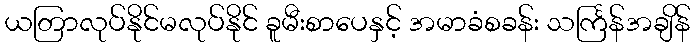
ယတြာလုပ်နိုင်မလုပ်နိုင် ခူမီးစာပေနှင့် အမာခံစခန်း သင်္ကြန်အချိန်